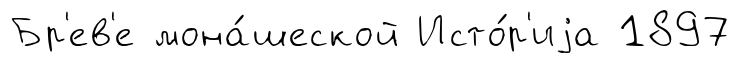
Бр'ев'е мона́шеской Исто́р'иjа 1897